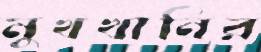
মুখখানির